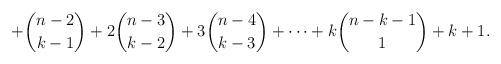
LaTeX: \begin{align*}+\binom{n-2}{k-1}+2\binom{n-3}{k-2}+3\binom{n-4}{k-3}+\cdots +k\binom{n-k-1}{1}+k+1.\end{align*}